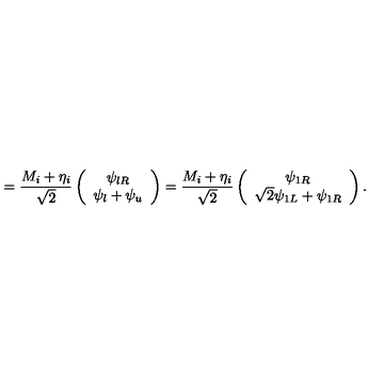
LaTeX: = \frac { M _ { i } + \eta _ { i } } { \sqrt { 2 } } \left( \begin{array} { c } { \psi _ { l R } } \\ { \psi _ { l } + \psi _ { u } } \\ \end{array} \right) = \frac { M _ { i } + \eta _ { i } } { \sqrt { 2 } } \left( \begin{array} { c } { \psi _ { 1 R } } \\ { \sqrt { 2 } \psi _ { 1 L } + \psi _ { 1 R } } \\ \end{array} \right) .